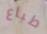
طباع